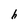
Character: h